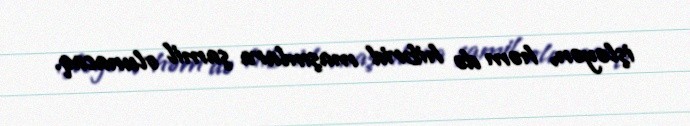
işləyən, həm də hibrid maşınlara şamil olunacaq.